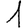
Digit: 1